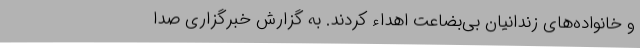
و خانواده‌های زندانیان بی‌بضاعت اهداء کردند. به گزارش خبرگزاری صدا